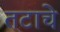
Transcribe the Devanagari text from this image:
तटाचे